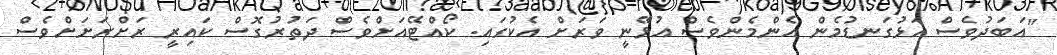
"އަބަދުވެސް އަޅުގަނޑުމެން އެންމެންވެސް އުޅޭނީ ވަރަށް އެކުގައި. ކޯއްޓޭއަށްވެސް ދަތުރުގޮސް ކައިރީ ރަށްރަށަށްވެސް